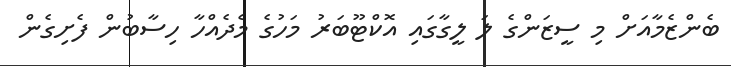
ބެންޒެމާއަށް މި ސީޒަންގެ ލަ ލީގާގައި އޮކްޓޫބަރު މަހުގެ މެދެއްހާ ހިސާބުން ފެށިގެން